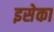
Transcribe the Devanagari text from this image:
इसेका